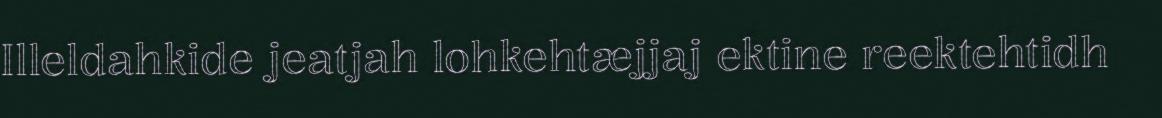
Illeldahkide jeatjah lohkehtæjjaj ektine reektehtidh